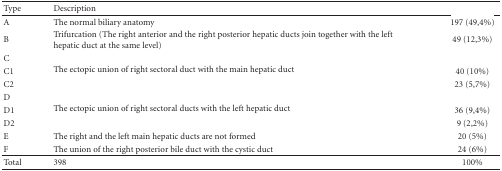
<table><thead><tr><td><b>Type</b></td><td><b>Description</b></td><td>[EMPTY_CELL]</td><td>[EMPTY_CELL]</td></tr></thead><tbody><tr><td>A</td><td>The normal biliary anatomy</td><td>197 (49,4%)</td><td>[EMPTY_CELL]</td></tr><tr><td>B</td><td>Trifurcation (The right anterior and the right posterior hepatic ducts join together with the left hepatic duct at the same level)</td><td>49 (12,3%)</td><td>[EMPTY_CELL]</td></tr><tr><td>C</td><td rowspan="3">The ectopic union of right sectoral duct with the main hepatic duct</td><td>[EMPTY_CELL]</td><td>[EMPTY_CELL]</td></tr><tr><td>C1</td><td>40 (10%)</td><td>[EMPTY_CELL]</td></tr><tr><td>C2</td><td>23 (5,7%)</td><td>[EMPTY_CELL]</td></tr><tr><td>D</td><td rowspan="3">The ectopic union of right sectoral ducts with the left hepatic duct</td><td>[EMPTY_CELL]</td><td>[EMPTY_CELL]</td></tr><tr><td>D1</td><td>36 (9,4%)</td><td>[EMPTY_CELL]</td></tr><tr><td>D2</td><td>9 (2,2%)</td><td>[EMPTY_CELL]</td></tr><tr><td>E</td><td>The right and the left main hepatic ducts are not formed</td><td>20 (5%)</td><td>[EMPTY_CELL]</td></tr><tr><td>F</td><td>The union of the right posterior bile duct with the cystic duct</td><td>24 (6%)</td><td>[EMPTY_CELL]</td></tr><tr><td>Total</td><td>398</td><td>100%</td><td>[EMPTY_CELL]</td></tr></tbody></table>